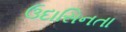
ઉદાસિનતા